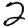
Digit: 2